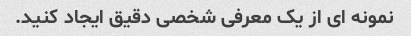
نمونه ای از یک معرفی شخصی دقیق ایجاد کنید.